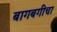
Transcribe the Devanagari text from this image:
बागबगीचा